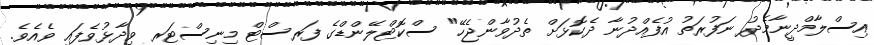
އިސްލާމްދީނާމެދު ނަފުރަތު އުފެއްދުނާ ދެކޮޅަށް ތެދުވާންޖެހޭ" ސްކޮޓްލޭންޑްގެ ފަރސްޓް މިނިސްޓަރ ވިދާޅުވެފައި ވެއެވެ.